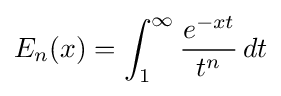
E_{n}(x)=\int _{1}^{\infty }{\frac {e^{-xt}}{t^{n}}}\,dt